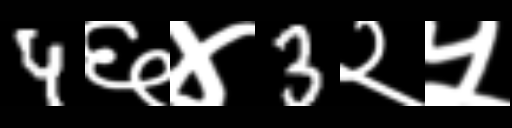
Text: 4६४3२५